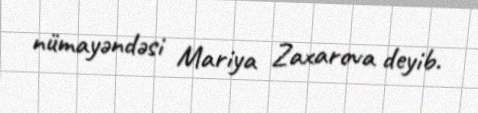
nümayəndəsi Mariya Zaxarova deyib.